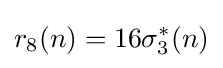
r_{8}(n)=16\sigma _{3}^{*}(n)